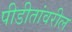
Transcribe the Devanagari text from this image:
पीडीतांवरील